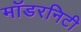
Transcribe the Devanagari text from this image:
मॉडरनिटी